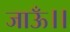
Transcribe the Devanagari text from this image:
जाऊँ।।